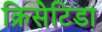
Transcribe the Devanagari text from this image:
क्रिसेटिडा